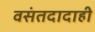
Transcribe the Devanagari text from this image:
वसंतदादाही